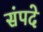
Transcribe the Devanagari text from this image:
संपदे